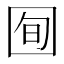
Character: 𫭈